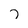
Character: 7